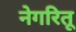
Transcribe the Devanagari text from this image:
नेगरितू